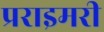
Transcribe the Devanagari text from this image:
प्रराइमरी